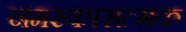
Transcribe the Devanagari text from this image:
नमस्कारात्मक